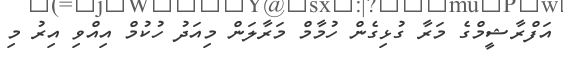
އަފްރާޝީމްގެ މަރާ ގުޅިގެން ހުމާމް މަރާލަން މިއަދު ހުކުމް އިއްވި އިރު މި